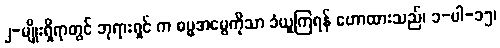
၂-မျိုးရှိရာတွင် ဘုရားရှင် က ဓမ္မအမွေကိုသာ ခံယူကြရန် ဟောထားသည်၊ ၁-ပါ-၁၅၊